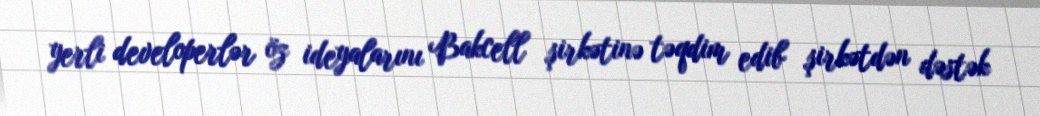
yerli developerlər öz ideyalarını Bakcell şirkətinə təqdim edib şirkətdən dəstək